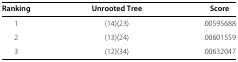
<table><thead><tr><td><b>Ranking</b></td><td><b>Unrooted Tree</b></td><td><b>Score</b></td></tr></thead><tbody><tr><td>1</td><td>(14)(23)</td><td>.00595688</td></tr><tr><td>2</td><td>(13)(24)</td><td>.00601559</td></tr><tr><td>3</td><td>(12)(34)</td><td>.00632047</td></tr></tbody></table>